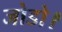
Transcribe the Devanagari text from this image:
जोडो।